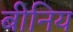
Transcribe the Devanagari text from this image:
बीनिय